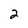
Character: 2